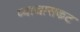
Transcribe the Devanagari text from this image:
व्याजासकट